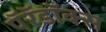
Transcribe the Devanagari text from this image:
पॅरॅडॉक्स